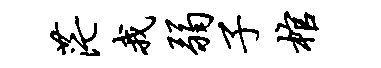
茫我弱子棺